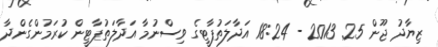
ޒިޔާދު ޖޫން 25